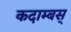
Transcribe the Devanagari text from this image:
कदाम्बस्